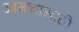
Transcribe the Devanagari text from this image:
आमचासाठी